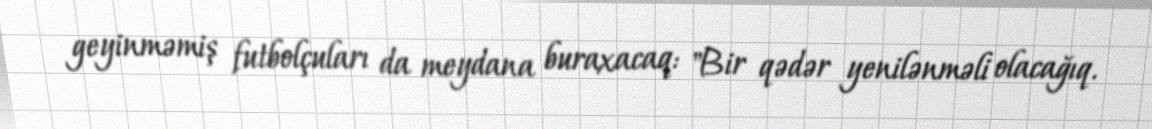
geyinməmiş futbolçuları da meydana buraxacaq: "Bir qədər yenilənməli olacağıq.